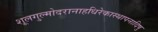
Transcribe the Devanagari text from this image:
शूलगुल्मोदरानाहधिरेकास्थापनादिषु